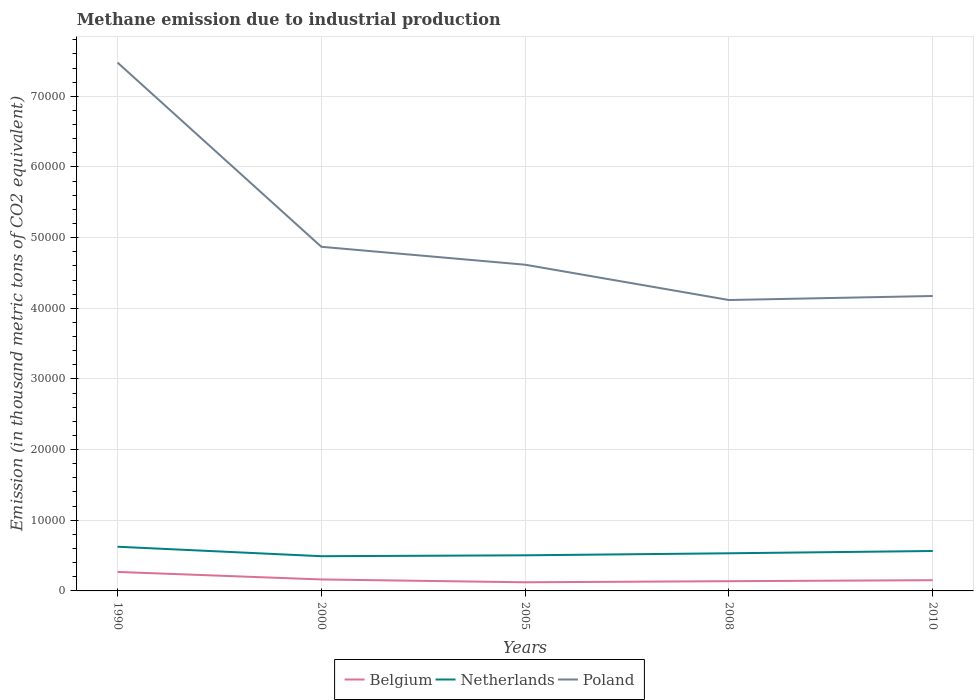
| Years | Belgium | Netherlands | Poland |
 | --- | --- | --- | --- |
 | 1990 | 2.69e+03 | 6.25e+03 | 7.48e+04 |
 | 2000 | 1.62e+03 | 4.91e+03 | 4.87e+04 |
 | 2005 | 1.22e+03 | 5.04e+03 | 4.62e+04 |
 | 2008 | 1.38e+03 | 5.33e+03 | 4.12e+04 |
 | 2010 | 1.52e+03 | 5.65e+03 | 4.17e+04 |